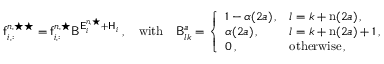
\mathsf { f } _ { i , : } ^ { n , \star \star } = \mathsf { f } _ { i , : } ^ { n , \star } \mathsf { B } ^ { \mathsf { E } _ { i } ^ { n , \star } + \mathsf { H } _ { i } } \, , \quad \mathrm { w i t h } \quad \mathsf { B } _ { l k } ^ { a } = \left\{ \begin{array} { l l } { 1 - \alpha ( 2 a ) \, , } & { l = k + \mathrm { n } ( 2 a ) \, , } \\ { \alpha ( 2 a ) \, , } & { l = k + \mathrm { n } ( 2 a ) + 1 \, , } \\ { 0 \, , } & { \mathrm { o t h e r w i s e } \, , } \end{array} \right.